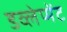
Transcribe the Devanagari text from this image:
डव्लेप्मेंट